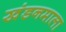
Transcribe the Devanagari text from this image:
खंडनमाला